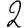
Digit: 2